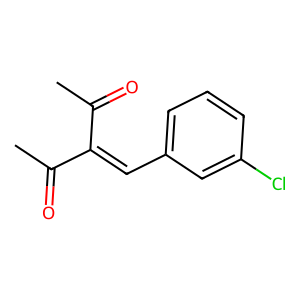
SMILES: CC(=O)C(=Cc1cccc(Cl)c1)C(C)=O
Inhibits HIV replication: No